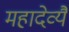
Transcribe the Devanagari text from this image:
महादेव्यै